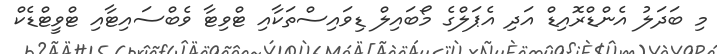
މި ބަދަލު އެންޑްރޮއިޑް އަދި އެޕަލްގެ މޯބައިލް ޑިވައިސްތަކާއި ޓްވިޓާ ވެބްސައިޓާއި ޓްވީޓްޑެކް